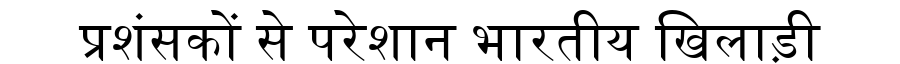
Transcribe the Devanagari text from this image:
प्रशंसकों से परेशान भारतीय खिलाड़ी